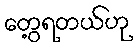
တွေ့ရတယ်ဟု